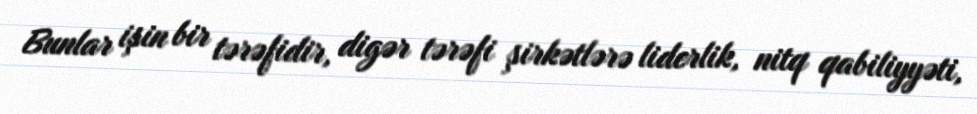
Bunlar işin bir tərəfidir, digər tərəfi şirkətlərə liderlik, nitq qabiliyyəti,